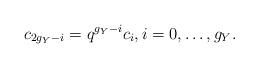
LaTeX: \begin{align*} c_{2g_Y-i} = q^{g_Y-i}c_i, i=0,\ldots,g_Y.\end{align*}